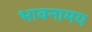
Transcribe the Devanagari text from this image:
भावनामय